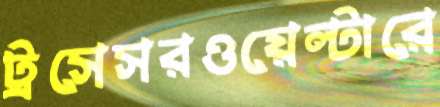
ট্রসেসরওয়েল্টারে